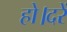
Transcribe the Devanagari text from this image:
हो।दरें